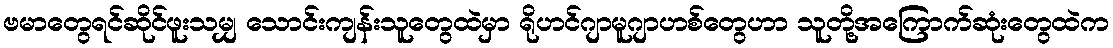
ဗမာတွေရင်ဆိုင်ဖူးသမျှ သောင်းကျန်းသူတွေထဲမှာ ရိုဟင်ဂျာမူဂျာဟစ်တွေဟာ သူတို့အကြောက်ဆုံးတွေထဲက